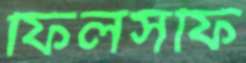
ফিলসফি